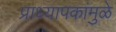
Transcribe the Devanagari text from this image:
प्राध्यापकांमुळे